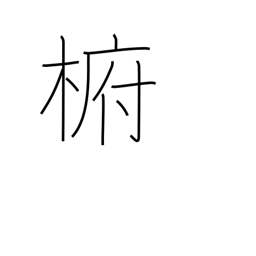
Meaning: type of evergreen camphor tree